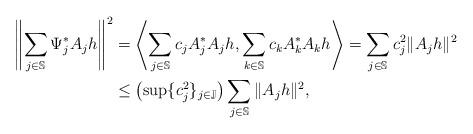
LaTeX: \begin{align*} \left\| \sum_{j\in \mathbb{S}} \Psi_j^*A_jh\right\|^2 &= \left\langle \sum_{j\in \mathbb{S}} c_jA_j^*A_jh, \sum_{k\in \mathbb{S}} c_kA_k^*A_kh\right\rangle=\sum_{j\in \mathbb{S}} c_j^2 \|A_jh\|^2\\ &\leq \left(\sup\{c_j^2\}_{j \in \mathbb{J}}\right)\sum\limits_{j \in \mathbb{S}}\| A_jh\| ^2, ~ \end{align*}